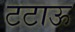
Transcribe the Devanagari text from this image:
टटाऊ